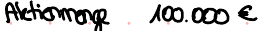
Aktiemenge 100.000€